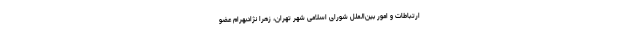
ارتباطات و امور بین‌الملل شورای اسلامی شهر تهران، زهرا نژادبهرام عضو